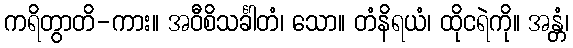
ကရိတွာတိ-ကား။ အဝီစိသင်္ခါတံ၊ သော။ တံနိရယံ၊ ထိုငရဲကို။ အန္တံ၊